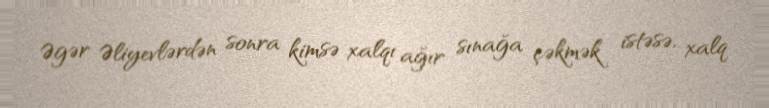
Əgər Əliyevlərdən sonra kimsə xalqı ağır sınağa çəkmək istəsə, xalq